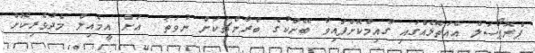
ޕްރޮޕޯސަލް އެއަތޮޅެއްގައި ގާއިމްކޮށްފައިވާ ބޭންކުގެ ބްރާންޗަކަށް ނުވަތަ  އަށް އީމެއިލް މެދުވެރިކޮށް